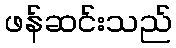
ဖန်ဆင်းသည်